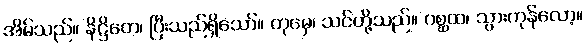
အိမ်သည်။ နိဋ္ဌိတေ၊ ပြီးသည်ရှိသော်။ တုမှေ၊ သင်တို့သည်။ ဂစ္ဆထ၊ သွားကုန်လော့။